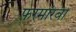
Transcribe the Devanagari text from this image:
फ़रमांरवा